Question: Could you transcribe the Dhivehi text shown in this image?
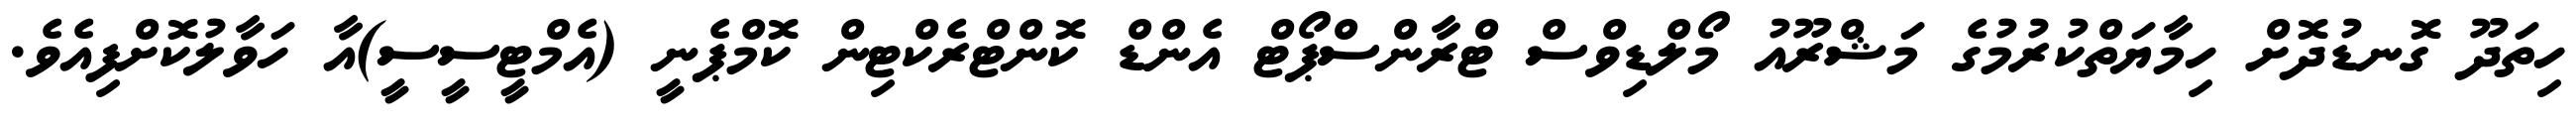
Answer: ހިތަދޫ ގޮނޑުދޮށް ހިމާޔަތްކުރުމުގެ މަޝްރޫއު މޯލްޑިވްސް ޓްރާންސްޕޯޓް އެންޑް ކޮންޓްރެކްޓިން ކޮމްޕެނީ (އެމްޓީސީސީ)އާ ހަވާލުކޮށްފިއެވެ.